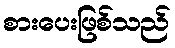
စားပေးဖြစ်သည်